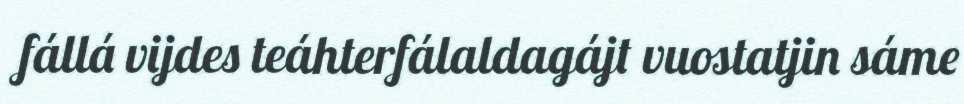
fállá vijdes teáhterfálaldagájt vuostatjin sáme